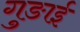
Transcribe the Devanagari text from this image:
गुङाई